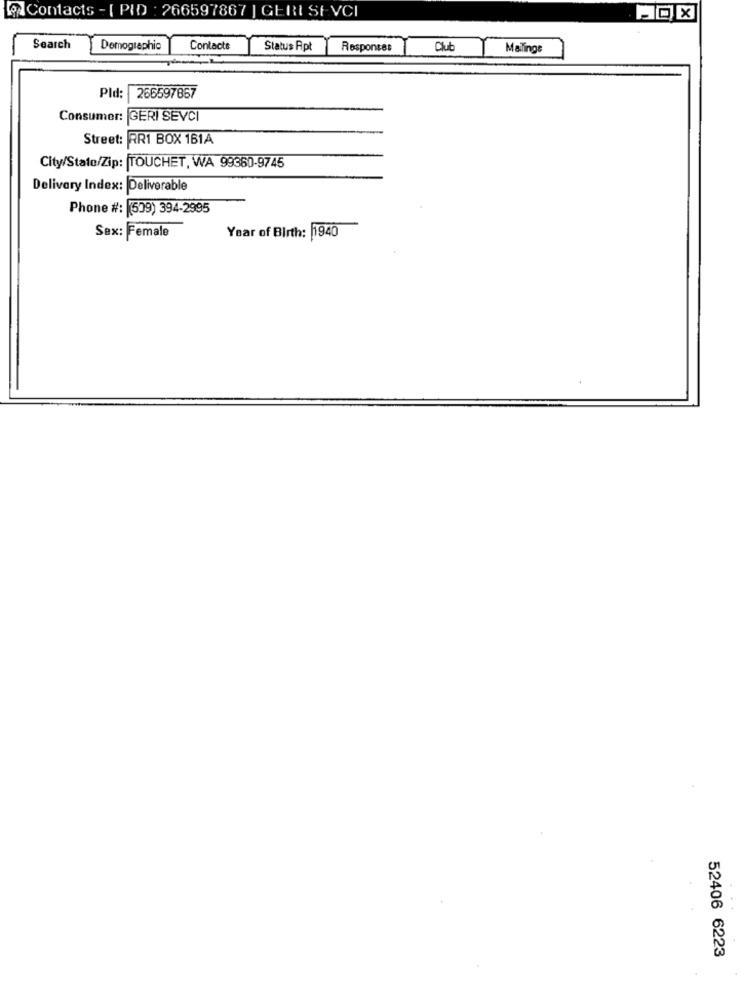
Contacts - [ PID : 266597867 | GERI SAVCI
Search
Demographic
Contacts
Status Apt
Responses
Club
Malings
Pld:
266597867
Consumer: GERI SEVCI
Street: RR1 BOX 161A
City/State/Zip: TOUCHET, WA 99360-9745
Delivery Index: Deliverable
Phone #: (509) 394-2995
Sex: Female
Year of Birth: 1940
52406 6223